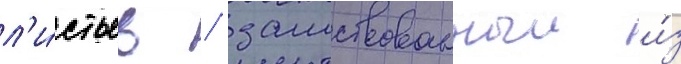
л'и́стьев / заимствованныи и́з